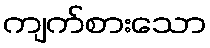
ကျက်စားသော